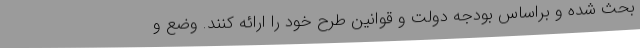
بحث شده و براساس بودجه دولت و قوانین طرح خود را ارائه کنند. وضع و